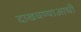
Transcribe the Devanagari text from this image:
दाखवण्याआधी